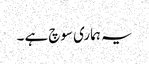
یہ ہماری سوچ ہے ۔